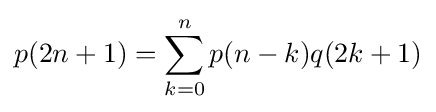
p(2n+1)=\sum _{k=0}^{n}p(n-k)q(2k+1)